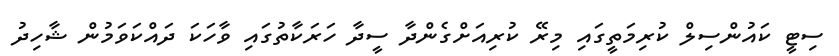
ސިޓީ ކައުންސިލް ކުރިމަތީގައި މިރޭ ކުރިއަށްގެންދާ ސީދާ ހަރަކާތުގައި ވާހަކަ ދައްކަވަމުން ޝާހިދު